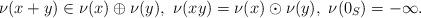
LaTeX: \begin{align*}\nu(x +y) \in \nu(x) \oplus \nu(y), \textrm{ } \nu(xy)=\nu(x) \odot \nu(y), \textrm{ } \nu(0_S)=-\infty.\end{align*}